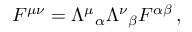
F ^ { \mu \nu } = { \Lambda ^ { \mu } } _ { \alpha } { \Lambda ^ { \nu } } _ { \beta } F ^ { \alpha \beta } \, ,